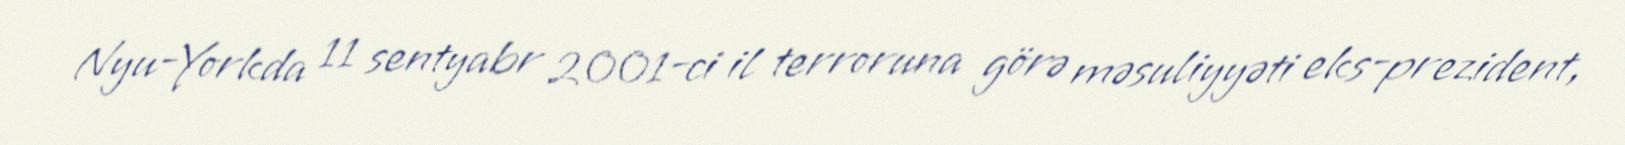
Nyu-Yorkda 11 sentyabr 2001-ci il terroruna görə məsuliyyəti eks-prezident,